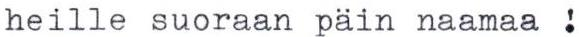
heille suoraan päin naamaa !